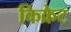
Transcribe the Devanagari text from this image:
किक्रेट